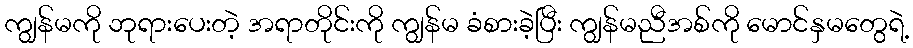
ကျွန်မကို ဘုရားပေးတဲ့ အရာတိုင်းကို ကျွန်မ ခံစားခဲ့ပြီး ကျွန်မညီအစ်ကို မောင်နှမတွေရဲ့